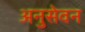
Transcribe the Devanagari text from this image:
अनुसेवन